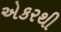
એકરથી